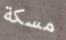
مسكة